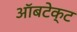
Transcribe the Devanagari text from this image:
ऑबटेक्ट